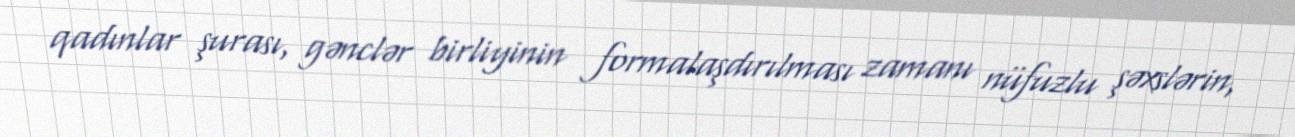
qadınlar şurası, gənclər birliyinin formalaşdırılması zamanı nüfuzlu şəxslərin,